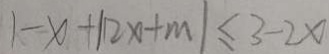
1 - x + \vert 1 2 x + m \vert \leq 3 - 2 x